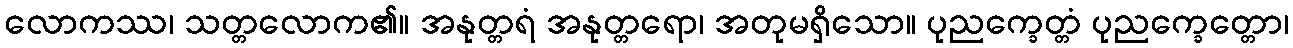
လောကဿ၊ သတ္တလောက၏။ အနုတ္တရံ အနုတ္တရော၊ အတုမရှိသော။ ပုညက္ခေတ္တံ ပုညက္ခေတ္တော၊